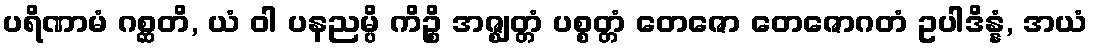
ပရိဏာမံ ဂစ္ဆတိ, ယံ ဝါ ပနညမ္ပိ ကိဉ္စိ အဇ္ဈတ္တံ ပစ္စတ္တံ တေဇော တေဇောဂတံ ဥပါဒိန္နံ, အယံ